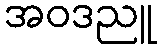
အဝဒညူ